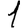
Digit: 1